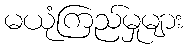
မယုံကြည်မှုများ